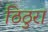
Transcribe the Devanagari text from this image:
ठिठुरा